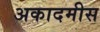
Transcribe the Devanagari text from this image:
अकादमीस